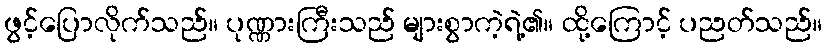
ဖွင့်ပြောလိုက်သည်။ ပုဏ္ဏားကြီးသည် များစွာကဲ့ရဲ့၏။ ထို့ကြောင့် ပညတ်သည်။